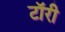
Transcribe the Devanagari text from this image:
टॉरी